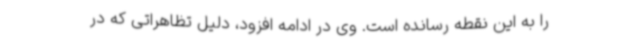
را به این نقطه رسانده است. وی در ادامه افزود، دلیل تظاهراتی که در